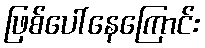
ဖြစ်ပေါ်နေကြောင်း